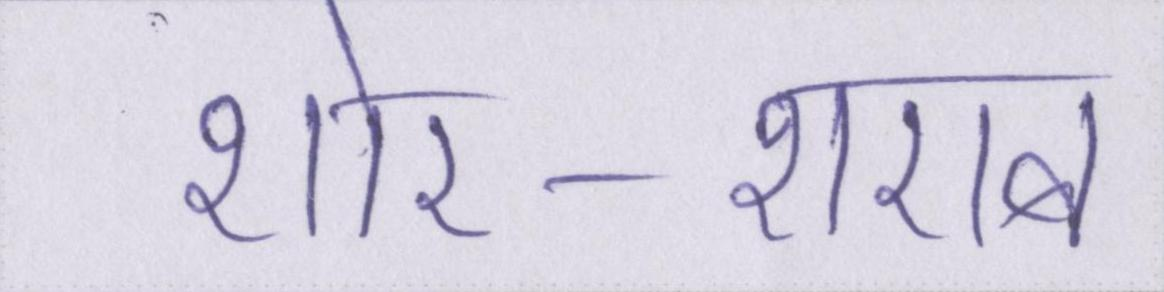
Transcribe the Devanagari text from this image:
शोर-शराबा